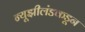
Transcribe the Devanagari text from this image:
न्यूझीलंडकडून